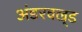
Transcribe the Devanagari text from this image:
अंडरवल्र्ड